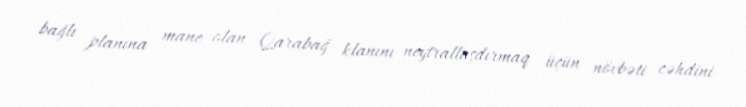
bağlı planına mane olan Qarabağ klanını neytrallaşdırmaq üçün növbəti cəhdini